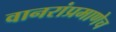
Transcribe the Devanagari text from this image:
वानरांप्रमाणेच